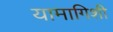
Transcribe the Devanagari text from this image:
यामागिशी